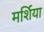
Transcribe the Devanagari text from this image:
मर्शिया